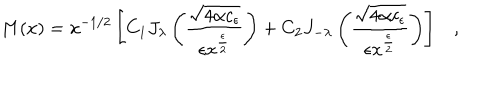
LaTeX: M ( x ) = x ^ { - 1 / 2 } \left[ C _ { 1 } J _ { \lambda } \left( \frac { \sqrt { 4 \alpha c _ { \epsilon } } } { \epsilon x ^ { \frac { \epsilon } { 2 } } } \right) + C _ { 2 } J _ { - { \lambda } } \left( \frac { \sqrt { 4 \alpha c _ { \epsilon } } } { \epsilon x ^ { \frac { \epsilon } { 2 } } } \right) \right] ,